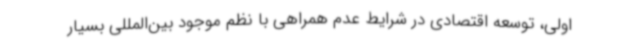
اولی، توسعه اقتصادی در شرایط عدم همراهی با نظم موجود بین‌المللی بسیار